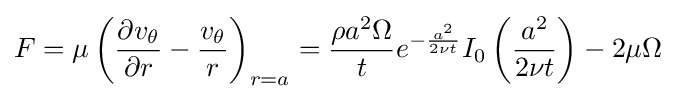
F=\mu \left({\frac {\partial v_{\theta }}{\partial r}}-{\frac {v_{\theta }}{r}}\right)_{r=a}={\frac {\rho a^{2}\Omega }{t}}e^{-{\frac {a^{2}}{2\nu t}}}I_{0}\left({\frac {a^{2}}{2\nu t}}\right)-2\mu \Omega